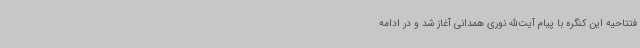
فتتاحیه این کنگره با پیام آیت‌الله نوری همدانی آغاز شد و در ادامه